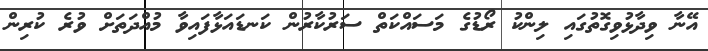
އޭނާ ވިދާޅުވިގޮތުގައި ލިންކު ރޯޑުގެ މަސައްކަތް ސަރުކާރުން ކަނޑައަޅާފައިވާ މުއްދަތަށް ވުރެ ކުރިން